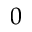
0